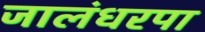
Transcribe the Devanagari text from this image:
जालंधरपा